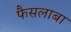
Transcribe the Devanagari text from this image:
फैसलाबा